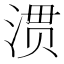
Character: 𭱀